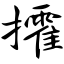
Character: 攉